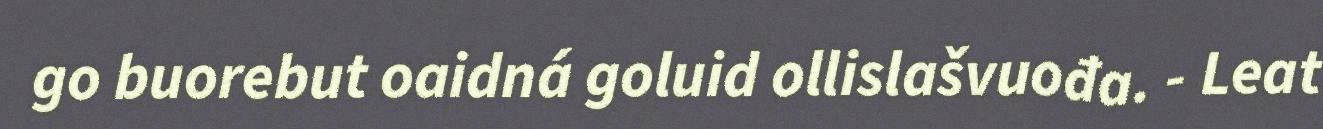
go buorebut oaidná goluid ollislašvuođa. - Leat